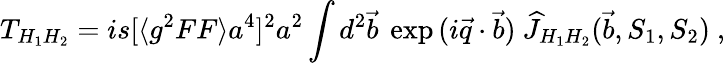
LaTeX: T_{H_{1}H_{2}}=is[\langle g^{2}FF\rangle a^{4}]^{2}a^{2}\int d^{2}\vec{b}~\exp{(i\vec{q}\cdot\vec{b})}~\widehat J_{H_{1}H_{2}}(\vec{b},S_{1},S_{2})~,